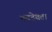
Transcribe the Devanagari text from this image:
नवदेवता